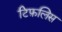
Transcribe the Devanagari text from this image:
टिफ़लिस